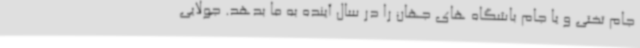
جام تختی و یا جام باشگاه های جهان را در سال آینده به ما بدهد. جولایی